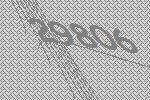
29806